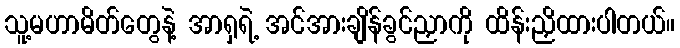
သူ့မဟာမိတ်တွေနဲ့ အာရှရဲ့ အင်အားချိန်ခွင်ညှာကို ထိန်းညှိထားပါတယ်။